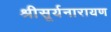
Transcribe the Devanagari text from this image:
श्रीसूर्यनारायण